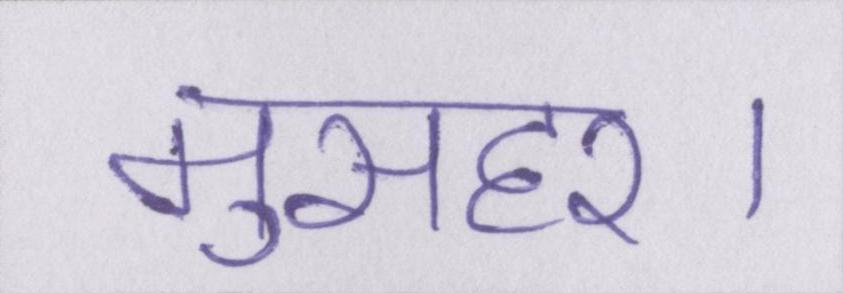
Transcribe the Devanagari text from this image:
मुसहर।